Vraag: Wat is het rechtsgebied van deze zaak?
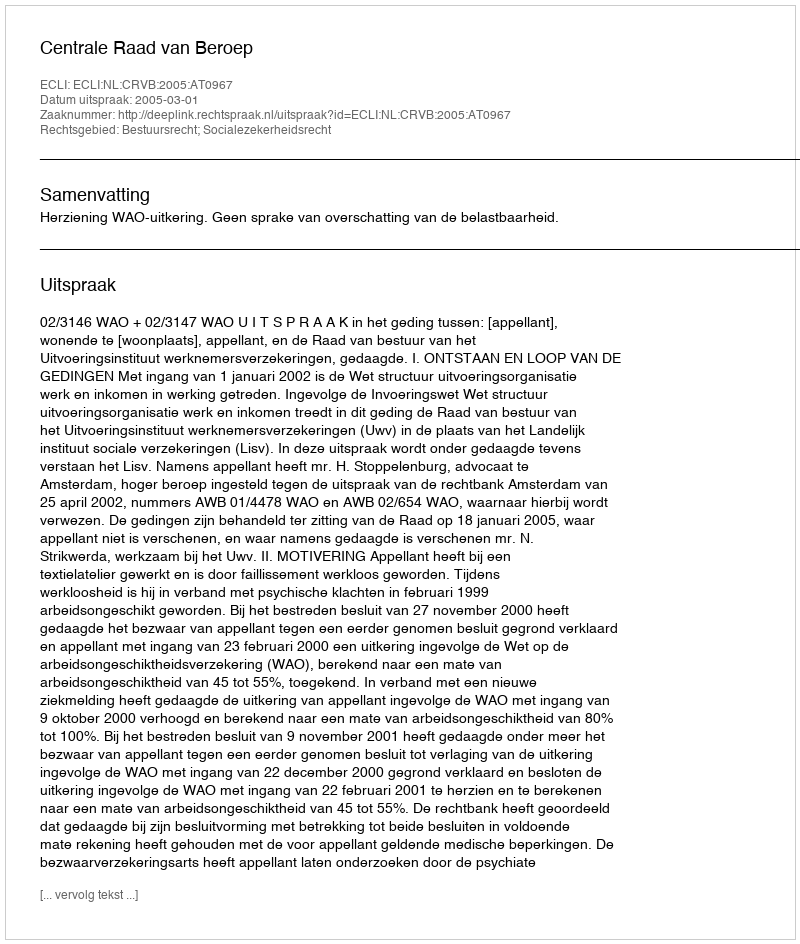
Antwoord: Bestuursrecht; Socialezekerheidsrecht